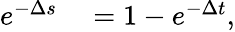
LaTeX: \begin{array}{rl}{e^{-\Delta s}}&{{}=1-e^{-\Delta t},}\end{array}